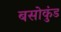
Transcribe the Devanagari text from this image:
बसोकुंड